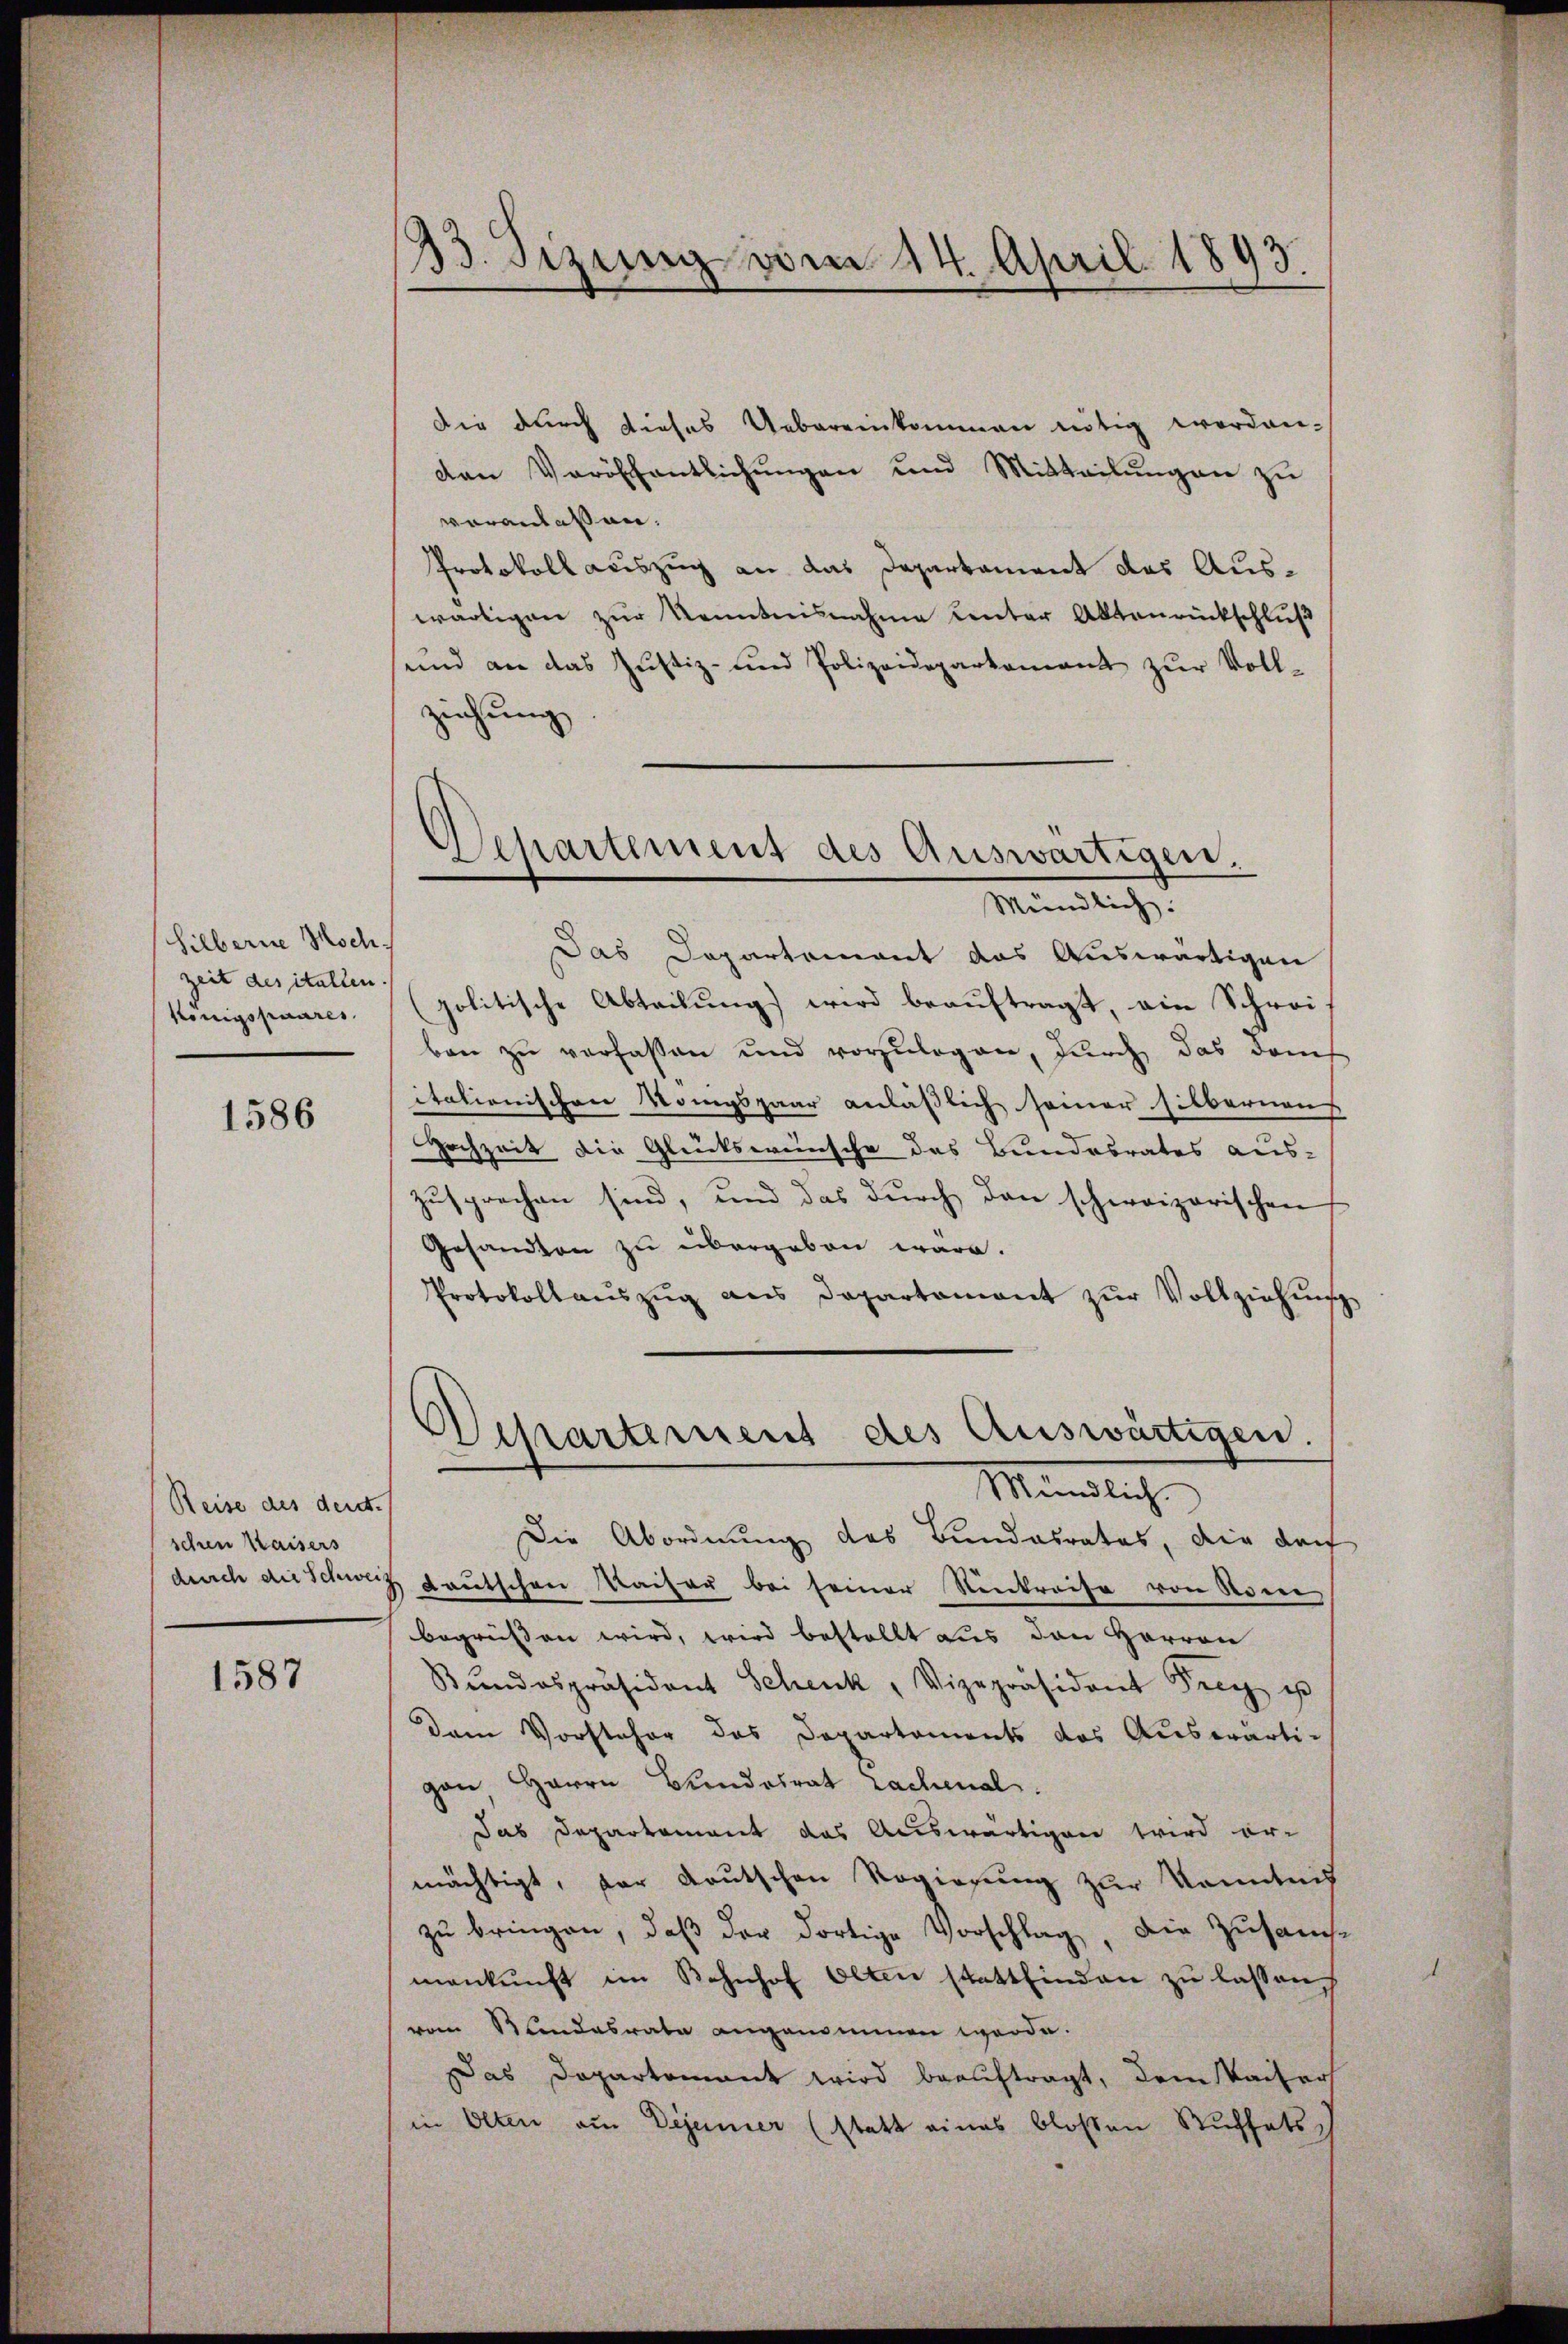
Silberne Hochzeit des italten.
Königs paares

1586

Reise des deut
schen Kaisers
durch die Schwei

1587

23. Sizung vom 14. April 1893.

Die durch dieses Uebereinkommen nötig worden.
den Veröffentlichŭngen und Mitteilŭngen zu
veranlassen.
Protokoll auszug an das Departament des Auswärtigen zur Kenntnisnahme unter Aktenrückschluß
send an das Justiz- und Polizeideparkament zur Voll-
ziehung

Separtement des Auswärtigen.
Mündlich.

Departement des Auswärtigen.
Mintlich

Das Departement das Auswärtigen
politische Abteilung) wird beauftragt, ein Schrei-
ben zŭ verfassen und vorzulegen, durch das dem
itationischen Kompspaar anläßlich seiner silbernaus
Hochzeit die Glückswünsche das Bundesrates aus-
zusprechen sind, und das durch den schweizerischen
Gesandten zu übergeben wäre.
Protokollaŭszŭg ans Departament zŭr Vollziehŭng
Die Abordnung des Bundesrates, die doch
 Lautschen Kaiser bei seiner Senkreise von Rom
begrüssen wird, wird bestellt aus den Herren
Stundespräsident Schenk, Vizepräsident Frey es
Dem Vorsteher das Departements das Auswärti-
gon Herrn Bundesrat rachmal.
Das Departement das Auswärtigen wird er-
mächtigt, der Kautschen Regierung zur Kenntnis
zu bringen, daß der dortige Vorschlag, die Zusam-
mankŭnft im Bahnhof Olten stattfinden zu lassen.
vom Standesrate angenommen werde.
Das Departement wird beauftragt, dem Kaiser
in Olten aus Dejanier (statt eines bloßen Stuffets.